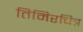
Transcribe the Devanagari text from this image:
तिमिरचित्र